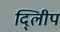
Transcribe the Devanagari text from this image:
दि्लीप